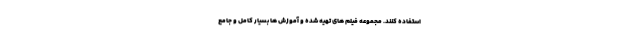
استفاده کنند. مجموعه فیلم های تهیه شده و آموزش ها بسیار کامل و جامع